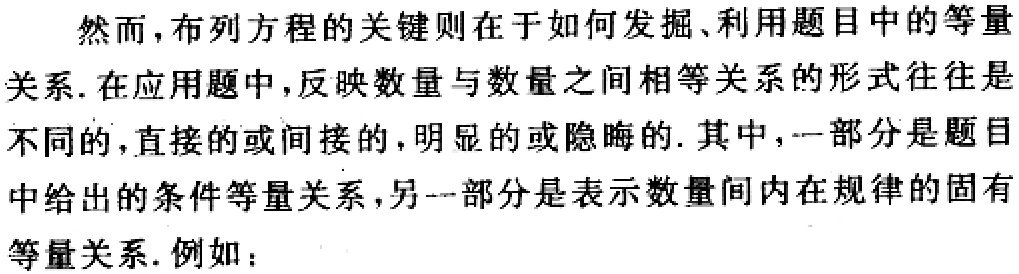
然而，布列方程的关键则在于如何发掘、利用题目中的等量
关系. 在应用题中，反映数量与数量之间相等关系的形式往往是
不同的，直接的或间接的，明显的或隐晦的. 其中，一部分是题目
中给出的条件等量关系，另一部分是表示数量间内在规律的固有
等量关系. 例如：